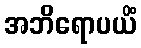
အဘိရောပယိံ